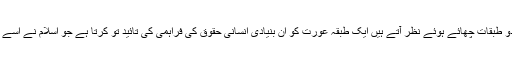
آج اگر ہم پاکستانی معاشرہ کو دیکھیں تو تصور مساوات مردو زن سے متعلق دو طبقات چھائے ہوئے نظر آتے ہیں ایک طبقہ عورت کو اُن بنیادی انسانی حقوق کی فراہمی کی تائید تو کرتا ہے جو اسلام نے اسے دیئے مگر وہ عورت کے مرد کے شانہ بشانہ کام کرنے کی مخالفت کرتا ہے۔